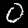
Label: 0